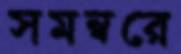
সমন্বরে